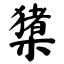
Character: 橥